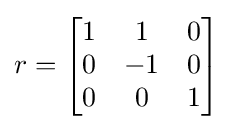
r={\begin{bmatrix}1&1&0\\0&-1&0\\0&0&1\end{bmatrix}}